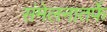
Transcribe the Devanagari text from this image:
संमेलनातर्फे